Document type: Barter
Year: 1304
Scribe: Pere Pometa
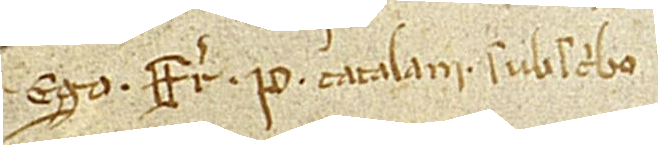
Ego frater P. Catalani subscribo.